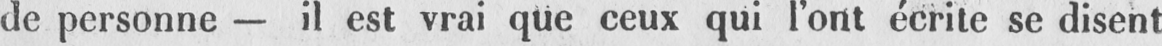
de personne - il est vrai que ceux qui l’ont écrite se disent